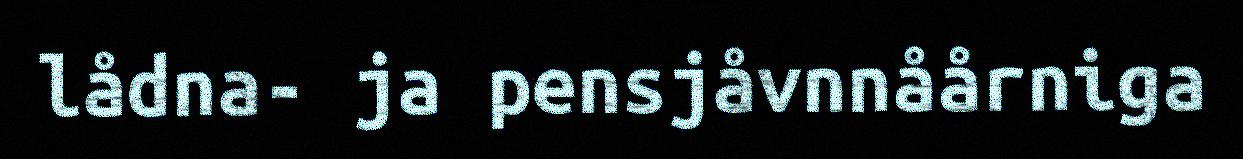
lådna- ja pensjåvnnåårniga